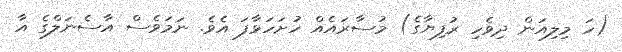
(ހަ މިލިއަން ދިވެހި ރުފިޔާގެ) މުސާރައެއް ހުށަހަޅާފަ އެވެ. ނަމަވެސް އާސެނަލްގެ އާ